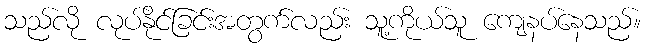
သည်လို လုပ်နိုင်ခြင်းအတွက်လည်း သူ့ကိုယ်သူ ကျေနပ်နေသည်။